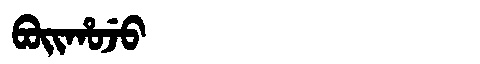
Manchu: ᠪᠣᡳᡥᠣᠵᡠ
Romanization: BOIHOJU